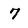
Character: 7